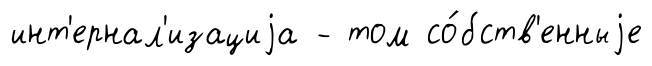
инт'ернал'изациjа - том со́бств'енныjе